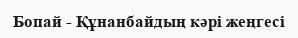
Бопай - Құнанбайдың кәрі жеңгесі